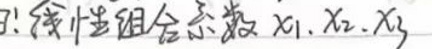
3. 线性组合系数\(x_1,x_2,x_3\)